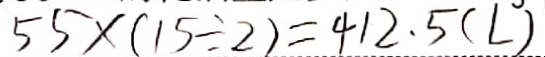
5 5 \times ( 1 5 \div 2 ) = 4 1 2 . 5 ( L )